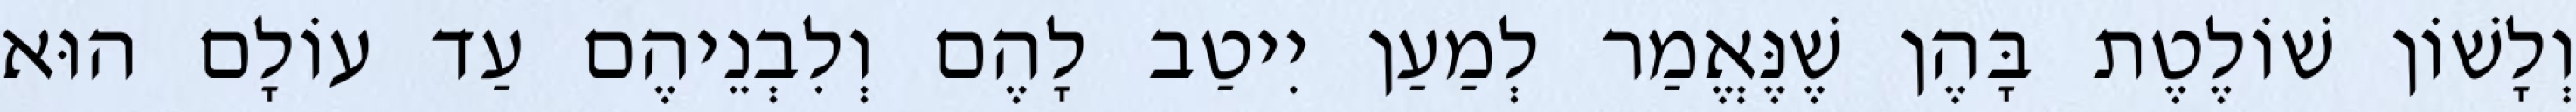
וְלָשׁוֹן שׁוֹלֶטֶת בָּהֶן שֶׁנֶּאֱמַר לְמַעַן יִיטַב לָהֶם וְלִבְנֵיהֶם עַד עוֹלָם הוּא